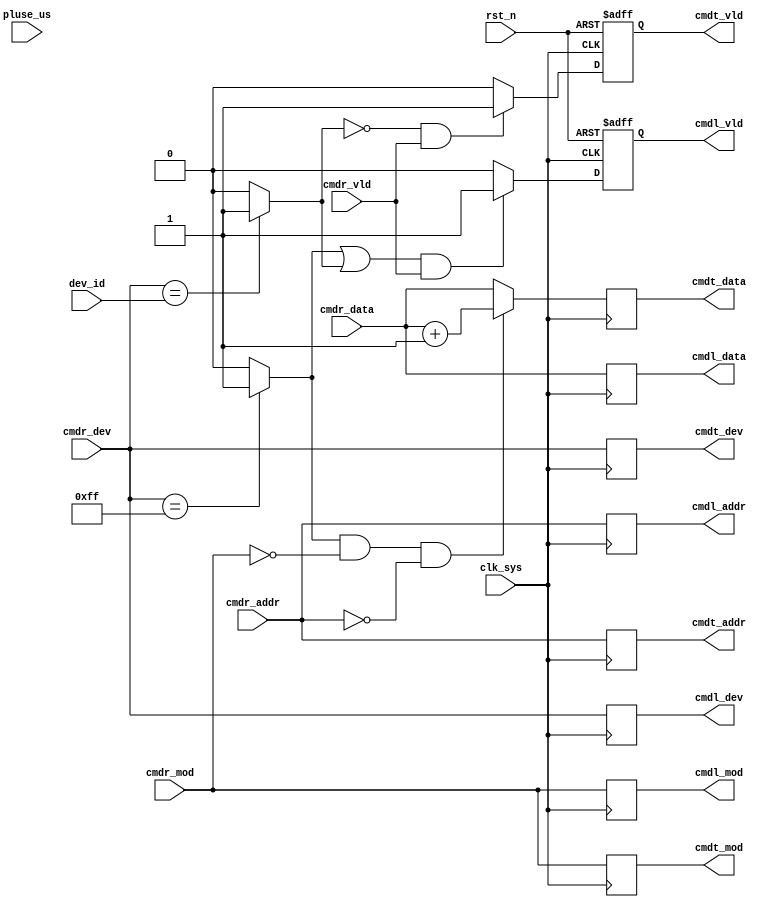
//factory_ctrl.v

module factory_ctrl(
//cmd receive
cmdr_dev,
cmdr_mod,
cmdr_addr,
cmdr_data,
cmdr_vld,
//cmd transmit
cmdt_dev,
cmdt_mod,
cmdt_addr,
cmdt_data,
cmdt_vld,
//cmd local
cmdl_dev,
cmdl_mod,
cmdl_addr,
cmdl_data,
cmdl_vld,
//configuration
dev_id,
//clk rst
clk_sys,
pluse_us,
rst_n
);
//cmd receive
input [7:0]	cmdr_dev;
input [7:0]	cmdr_mod;
input [7:0]	cmdr_addr;
input [7:0]	cmdr_data;
input 			cmdr_vld;
//cmd transmit
output [7:0]	cmdt_dev;
output [7:0]	cmdt_mod;
output [7:0]	cmdt_addr;
output [7:0]	cmdt_data;
output				cmdt_vld;
//cmd local
output [7:0]	cmdl_dev;
output [7:0]	cmdl_mod;
output [7:0]	cmdl_addr;
output [7:0]	cmdl_data;
output 				cmdl_vld;
//configuration
input [7:0]	dev_id;
//clk rst
input clk_sys;
input pluse_us;
input rst_n;
//---------------------------------------
//---------------------------------------


wire broadcast = (cmdr_dev == 8'hff) ? 1'b1 : 1'b0;
wire localhost = (cmdr_dev == dev_id) ? 1'b1 : 1'b0;
wire cmd_setid = broadcast & (cmdr_mod == 8'h0) & (cmdr_addr == 8'h0) ;




//----------- output --------
//cmd transmit
reg [7:0]	cmdt_dev;
reg [7:0]	cmdt_mod;
reg [7:0]	cmdt_addr;
reg [7:0]	cmdt_data;
reg				cmdt_vld;
//cmd local
reg [7:0]	cmdl_dev;
reg [7:0]	cmdl_mod;
reg [7:0]	cmdl_addr;
reg [7:0]	cmdl_data;
reg 			cmdl_vld;
always @ (posedge clk_sys)	begin
	cmdt_dev <= cmdr_dev;
	cmdt_mod <= cmdr_mod;
	cmdt_addr <= cmdr_addr;
	cmdt_data <= cmd_setid ? (cmdr_data + 8'h1) : cmdr_data;
	cmdl_dev <= cmdr_dev;
	cmdl_mod <= cmdr_mod;
	cmdl_addr <= cmdr_addr;
	cmdl_data <= cmdr_data;
end

always @ (posedge clk_sys or negedge rst_n)	begin
	if(~rst_n)
		cmdl_vld <= 1'b0;
	else if((broadcast | localhost) & cmdr_vld) 
		cmdl_vld <= 1'b1;
	else 
		cmdl_vld <= 1'b0;
end

always @ (posedge clk_sys or negedge rst_n)	begin
	if(~rst_n)
		cmdt_vld <= 1'b0;
	else if(~localhost & cmdr_vld) 
		cmdt_vld <= 1'b1;
	else 
		cmdt_vld <= 1'b0;
end


endmodule